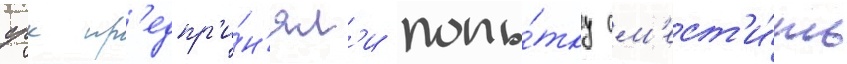
срк пр'едпр'и́н'ял'и попы́тку см'ест'и́ть